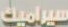
سيراميك